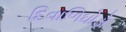
દિવાળિઘોડો